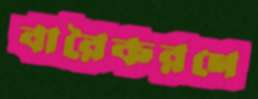
বারৈকরণে